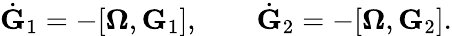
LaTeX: \begin{array}{r}{\dot{\mathbf G}_{1}=-[{\boldsymbol\Omega},{\mathbf G}_{1}],\qquad\dot{\mathbf G}_{2}=-[{\boldsymbol\Omega},{\mathbf G}_{2}].}\end{array}